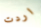
اردت